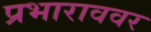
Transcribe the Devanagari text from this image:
प्रभाराववर